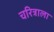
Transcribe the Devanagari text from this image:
चरित्राला